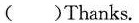
( )Thanks.